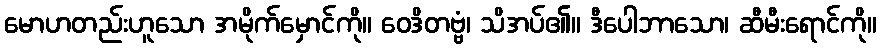
မောဟတည်းဟူသော အမိုက်မှောင်ကို။ ဝေဒိတဗ္ဗံ၊ သိအပ်၏။ ဒီပေါဘာသော၊ ဆီမီးရောင်ကို။